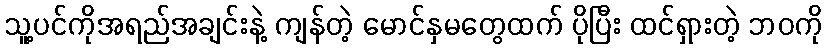
သူ့ပင်ကိုအရည်အချင်းနဲ့ ကျန်တဲ့ မောင်နှမတွေထက် ပိုပြီး ထင်ရှားတဲ့ ဘဝကို